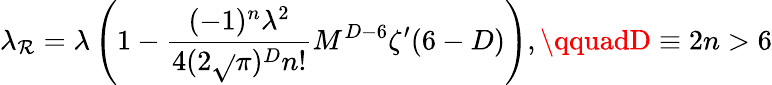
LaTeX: \lambda_{\mathcal{R}}=\lambda\left(1-\frac{{(-1)^{n}\lambda^{2}}}{{4(2\sqrt{}{{\pi}})^{D}n!}}M^{D-6}\zeta^{\prime}(6-D)\right),\qquadD\equiv2n>6